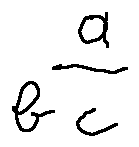
\frac { a } { b c }